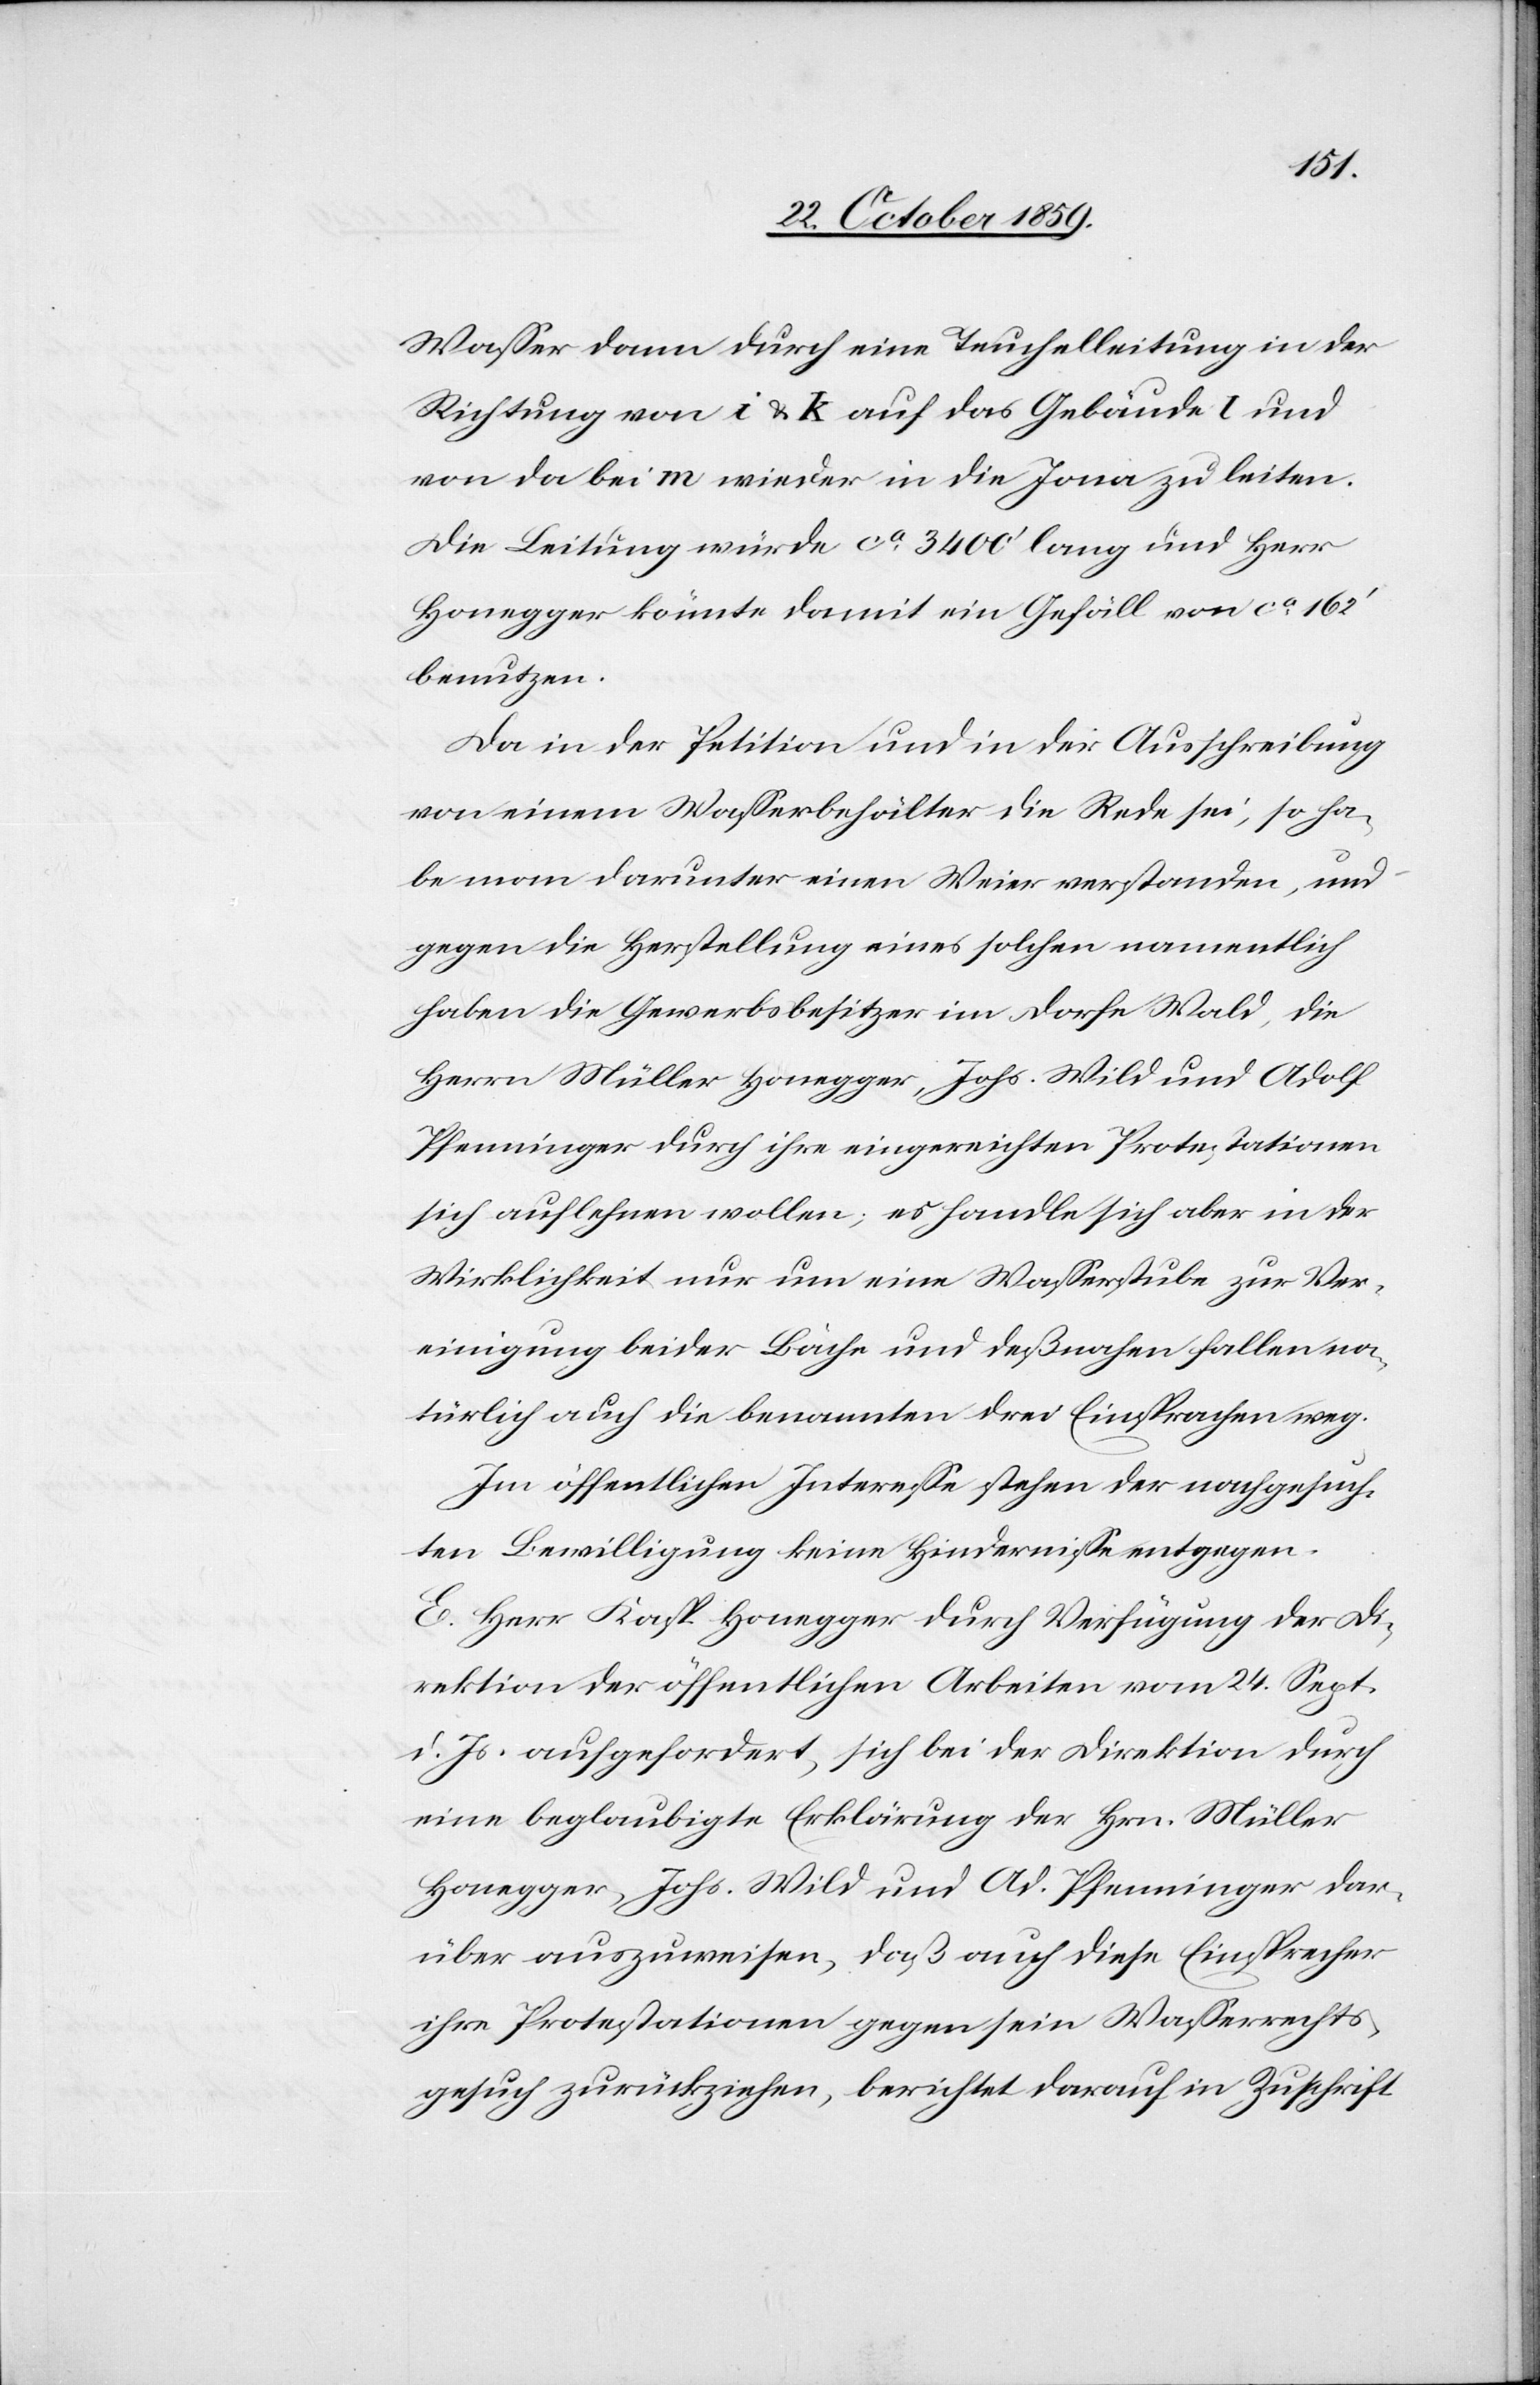
Wasser dann durch eine Teuchelleitung in der
Richtung von i & k auf das Gebäude I und
von da bei m wieder in die Jona zu leiten.
Die Leitung würde ca. 3400’ lang und Herr
Honegger könnte damit ein Gefäll von ca. 162’
benutzen.
Da in der Petition und in der Ausschreibung
von einem Wasserbehälter die Rede sei, so ha¬
be man darunter einen Weier verstanden, und
gegen die Herstellung eines solchen namentlich
haben die Gewerbsbesitzer im Dorfe Wald, die
Herrn Müller Honegger, Johs. Weil und Adolf
Pfenninger durch ihre eingereichten Protestationen
sich auflehnen wollen; es handle sich aber in der
Wirklichkeit nur um eine Wasserstube zur Ver¬
einigung beider Bäche und deßnahen fallen na¬
türlich auch die benannten drei Einsprachen weg.
Im öffentlichen Interesse stehen der nachgesuch¬
ten Bewilligung keine Hindernisse entgegen.
E. Herr Kasp. Honegger durch Verfügung der Di¬
rektion der öffentlichen Arbeiten vom 24. Sept.
d. Js. aufgefordert, sich bei der Direktion durch
eine beglaubigte Erklärung der Hrn. Müller
Honegger, Johs. Wild und Ad. Pfenninger dar¬
über auszuweisen, daß auch diese Einsprecher
ihre Protestationen gegen sein Wasserrechts¬
gesuch zurückziehen, berichtet darauf mit Zuschrift